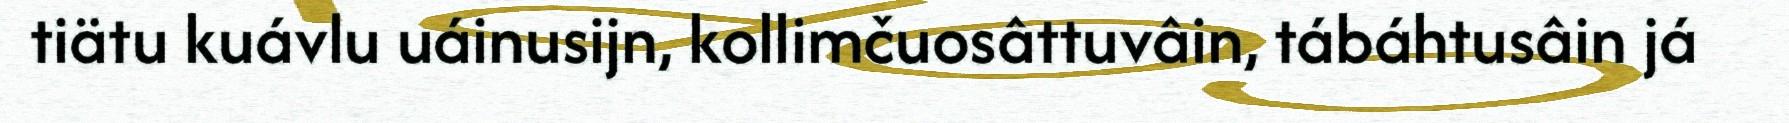
tiätu kuávlu uáinusijn, kollimčuosâttuvâin, tábáhtusâin já